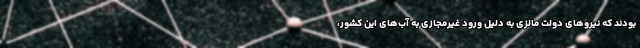
بودند که نیروهای دولت مالزی به دلیل ورود غیرمجازی به آب‌های این کشور،